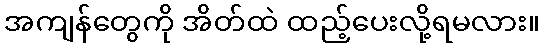
အကျန်တွေကို အိတ်ထဲ ထည့်ပေးလို့ရမလား။